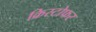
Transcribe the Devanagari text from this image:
क्रिस्‍टोफर